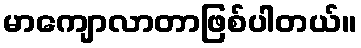
မာကျောလာတာဖြစ်ပါတယ်။